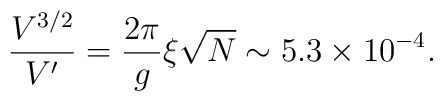
{V^{3/2}\over V'  }= {2\pi\over  g} {\xi \sqrt N} \sim5.3 \times 10^{-4}.